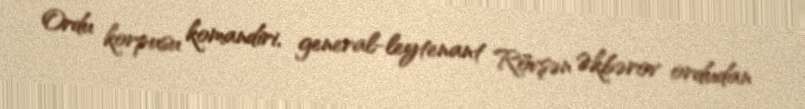
Ordu korpusu komandiri, general-leytenant Rövşən Əkbərov ordudan